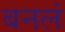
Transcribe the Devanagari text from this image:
बनलं